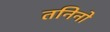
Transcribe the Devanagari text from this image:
तनिनो